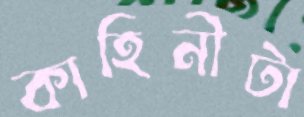
কাহিনীটা